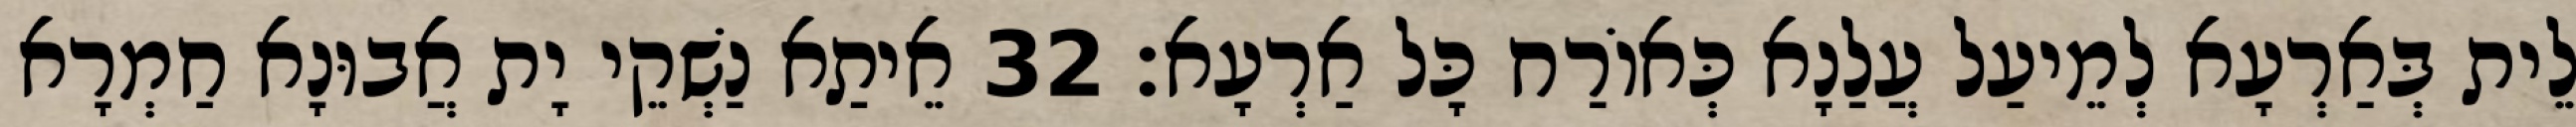
לֵית בְּאַרְעָא לְמֵיעַל עֲלַנָא כְּאוֹרַח כָּל אַרְעָא׃ 32 אֵיתַא נַשְׁקֵי יָת אֲבוּנָא חַמְרָא